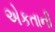
એકતાની